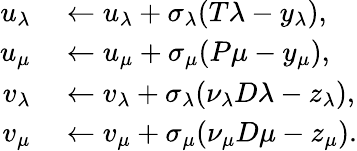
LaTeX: \begin{array}{rl}{u_{\lambda}}&{{}\leftarrow u_{\lambda}+\sigma_{\lambda}(T\lambda-y_{\lambda}),}\\ {u_{\mu}}&{{}\leftarrow u_{\mu}+\sigma_{\mu}(P\mu-y_{\mu}),}\\ {v_{\lambda}}&{{}\leftarrow v_{\lambda}+\sigma_{\lambda}(\nu_{\lambda}D\lambda-z_{\lambda}),}\\ {v_{\mu}}&{{}\leftarrow v_{\mu}+\sigma_{\mu}(\nu_{\mu}D\mu-z_{\mu}).}\end{array}